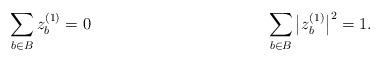
LaTeX: \begin{align*} \sum_{b \in B} z^{(1)}_b &=0 & & & \sum_{b \in B} \big|z^{(1)}_b\big|^2 &= 1.\end{align*}